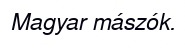
Magyar mászók.